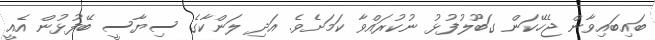
ބައިބައިވާން ޖެހޭކަން ގަބޫލުފުޅު ނުކުރައްވާ ކަމަށެވެ. އަދި ލަންކާގެ ސިޔާސީ ބޭފުޅުން އެއީ